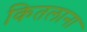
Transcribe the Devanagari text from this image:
कितलाना